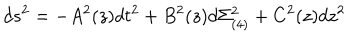
d s ^ { 2 } = - A ^ { 2 } ( z ) d t ^ { 2 } + B ^ { 2 } ( z ) d \Sigma _ { ( 4 ) } ^ { 2 } + C ^ { 2 } ( z ) d z ^ { 2 }